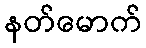
နတ်မောက်